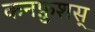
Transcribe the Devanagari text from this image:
कनफ़ुशस्